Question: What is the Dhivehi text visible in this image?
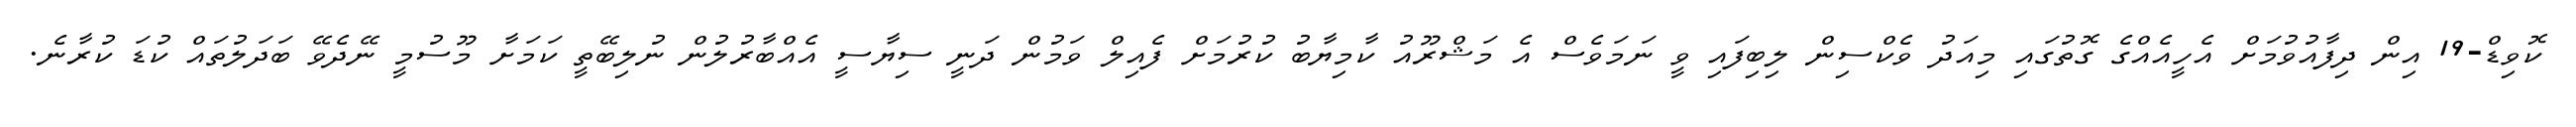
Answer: ކޮވިޑް-19 އިން ދިފާއުވުމަށް އެހީއެއްގެ ގޮތުގައި މިއަދު ވެކްސިން ލިބިފައި ވީ ނަމަވެސް އެ މަޝްރޫއު ކާމިޔާބު ކުރުމަށް ފެއިލް ވަމުން ދަނީ ސިޔާސީ އެއްބާރުލުން ނުލިބޭތީ ކަމަށާ މޫސުމީ ނޭދެވޭ ބަދަލުތައް ކުޑަ ކުރާނެ.